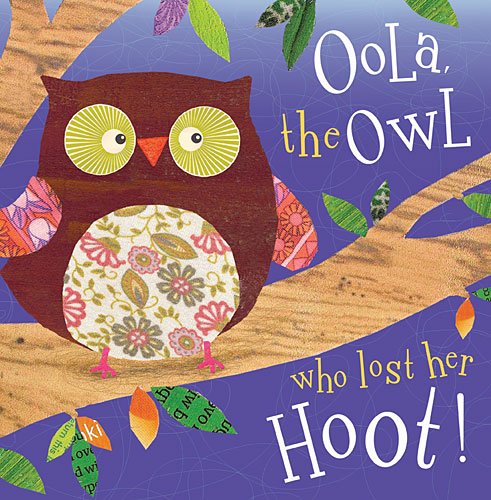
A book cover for Oola the Owl Who Lost Her Hoot!; Make Believe Ideas; Children's Books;